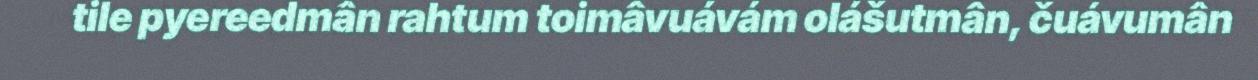
tile pyereedmân rahtum toimâvuávám olášutmân, čuávumân